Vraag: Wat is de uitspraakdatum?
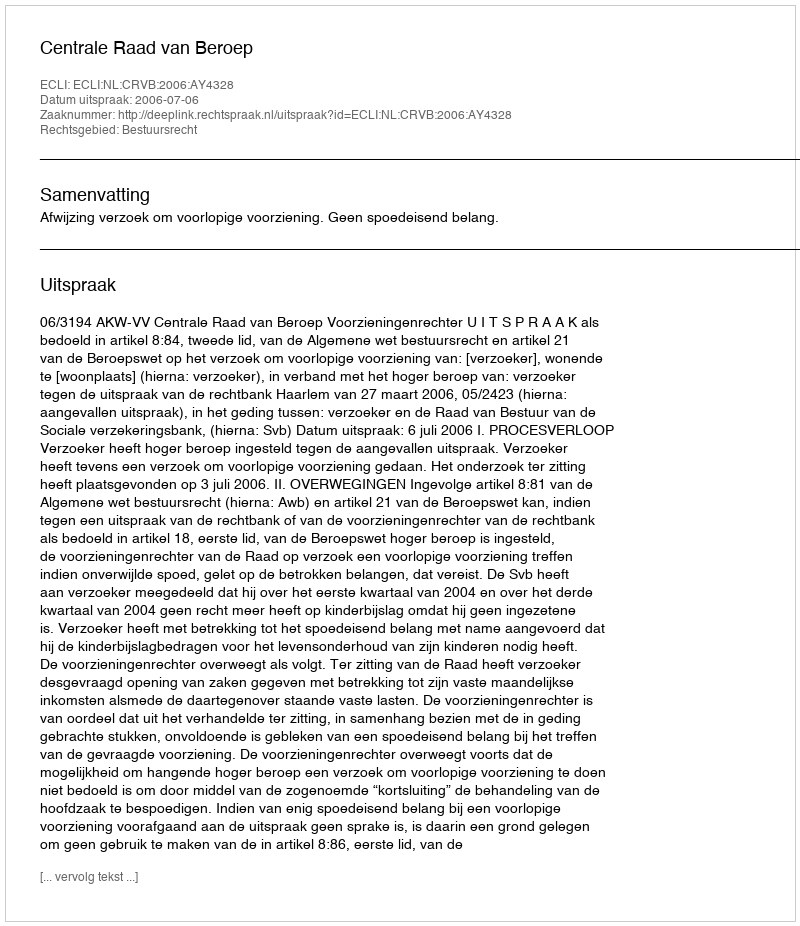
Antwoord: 2006-07-06